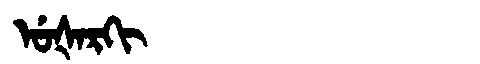
Manchu: ᡠᡧᠠᡵᡴᡳ
Romanization: UŠARKI